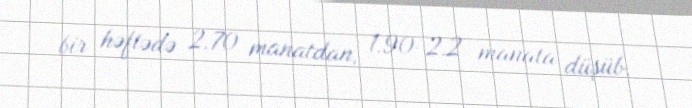
bir həftədə 2.70 manatdan, 1.90-2.2 manata düşüb.